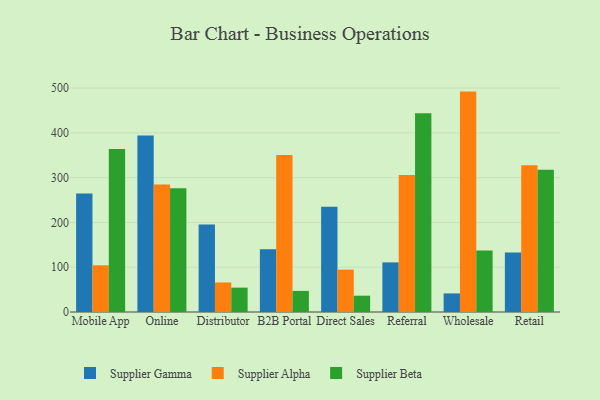
{"axis": {"x": "Channel", "y": "Customer Acquisition Cost (USD)"}, "legend": ["Supplier Alpha", "Supplier Beta", "Supplier Gamma"], "data": [{"x": "Mobile App", "y": 264.6, "type": "Supplier Gamma"}, {"x": "Mobile App", "y": 104.3, "type": "Supplier Alpha"}, {"x": "Mobile App", "y": 364.0, "type": "Supplier Beta"}, {"x": "Online", "y": 394.3, "type": "Supplier Gamma"}, {"x": "Online", "y": 284.9, "type": "Supplier Alpha"}, {"x": "Online", "y": 276.1, "type": "Supplier Beta"}, {"x": "Distributor", "y": 195.5, "type": "Supplier Gamma"}, {"x": "Distributor", "y": 65.9, "type": "Supplier Alpha"}, {"x": "Distributor", "y": 54.4, "type": "Supplier Beta"}, {"x": "B2B Portal", "y": 140.1, "type": "Supplier Gamma"}, {"x": "B2B Portal", "y": 350.5, "type": "Supplier Alpha"}, {"x": "B2B Portal", "y": 47.1, "type": "Supplier Beta"}, {"x": "Direct Sales", "y": 235.0, "type": "Supplier Gamma"}, {"x": "Direct Sales", "y": 94.5, "type": "Supplier Alpha"}, {"x": "Direct Sales", "y": 36.4, "type": "Supplier Beta"}, {"x": "Referral", "y": 110.8, "type": "Supplier Gamma"}, {"x": "Referral", "y": 305.7, "type": "Supplier Alpha"}, {"x": "Referral", "y": 443.7, "type": "Supplier Beta"}, {"x": "Wholesale", "y": 41.5, "type": "Supplier Gamma"}, {"x": "Wholesale", "y": 492.2, "type": "Supplier Alpha"}, {"x": "Wholesale", "y": 137.5, "type": "Supplier Beta"}, {"x": "Retail", "y": 132.8, "type": "Supplier Gamma"}, {"x": "Retail", "y": 327.5, "type": "Supplier Alpha"}, {"x": "Retail", "y": 317.5, "type": "Supplier Beta"}]}